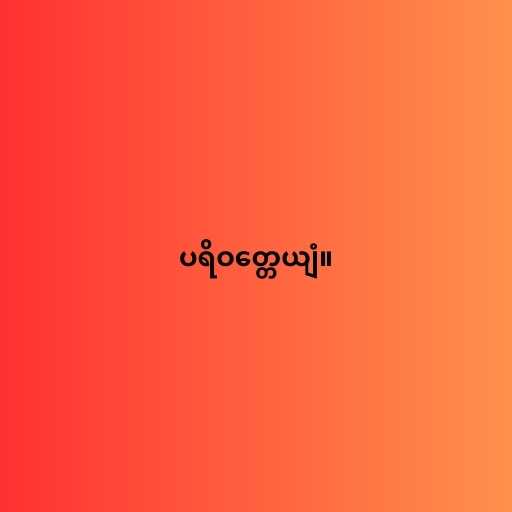
ပရိဝတ္တေယျံ။